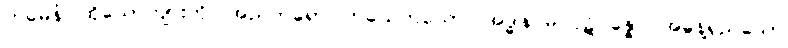
တမေနံ၊ ထိုယောကျ်ားကို။ အညတရော၊ တယေက်သော။ အဒ္ဓါန မဂ္ဂပ္ပဋိပန္နော၊ အဓွန့်ရှည်သော